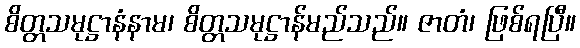
စိတ္တသမုဋ္ဌာနံနာမ၊ စိတ္တသမုဋ္ဌာန်မည်သည်။ ဇာတံ၊ ဖြစ်ရပြီ။